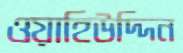
ওয়াহিউদ্দিন